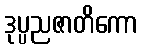
ဒုပ္ပညဇာတိကော